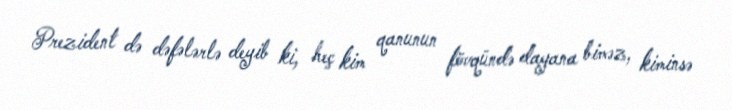
Prezident də dəfələrlə deyib ki, heç kim qanunun fövqündə dayana biməz, kiminsə